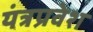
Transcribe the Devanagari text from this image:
यंत्रप्रवेश